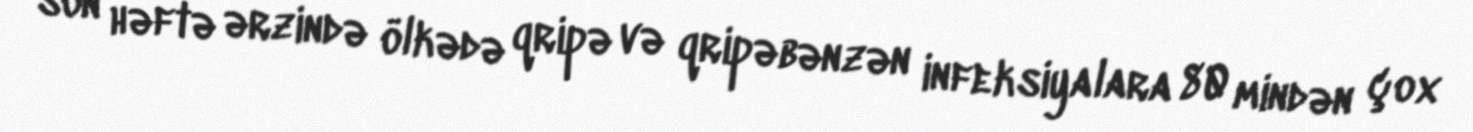
son həftə ərzində ölkədə qripə və qripəbənzən infeksiyalara 80 mindən çox